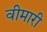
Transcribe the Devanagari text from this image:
वीमारी